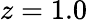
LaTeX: z=1.0